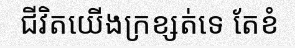
ជីវិតយើងក្រខ្សត់ទេ តែខំ